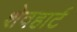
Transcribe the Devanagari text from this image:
शेवहार्ट